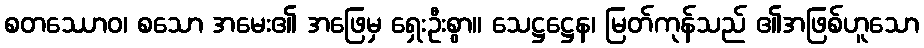
စတဿောဝ၊ စသော အမေး၏ အဖြေမှ ရှေးဦးစွာ။ သေဋ္ဌဋ္ဌေန၊ မြတ်ကုန်သည် ၏အဖြစ်ဟူသော